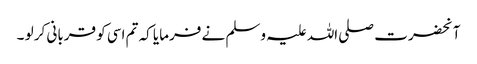
آنحضرت صلی اللہ علیہ وسلم نے فرمایا کہ تم اسی کو قربانی کر لو ۔